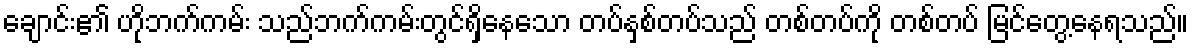
ချောင်း၏ ဟိုဘက်ကမ်း သည်ဘက်ကမ်းတွင်ရှိနေသော တပ်နှစ်တပ်သည် တစ်တပ်ကို တစ်တပ် မြင်တွေ့နေရသည်။